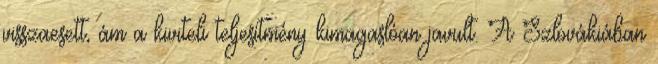
visszaesett, ám a kiviteli teljesítmény kimagaslóan javult. A Szlovákiában